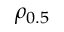
\rho _ { 0 . 5 }